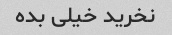
نخرید خیلی بده